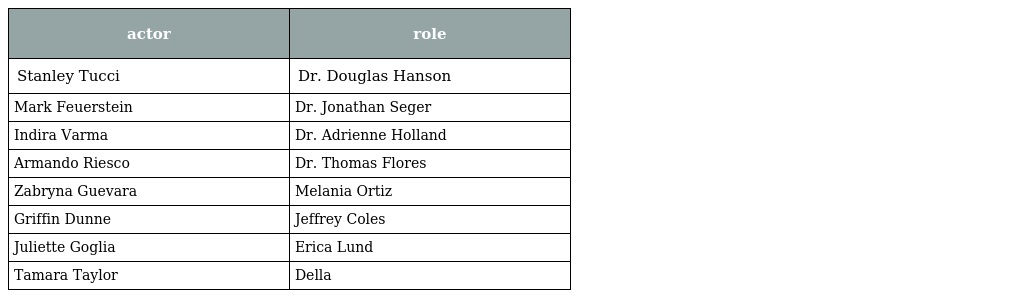
| actor | role |
 | --- | --- |
 | Stanley Tucci | Dr. Douglas Hanson |
 | Mark Feuerstein | Dr. Jonathan Seger |
 | Indira Varma | Dr. Adrienne Holland |
 | Armando Riesco | Dr. Thomas Flores |
 | Zabryna Guevara | Melania Ortiz |
 | Griffin Dunne | Jeffrey Coles |
 | Juliette Goglia | Erica Lund |
 | Tamara Taylor | Della |